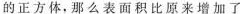
的正方体，那么表面积比原来增加了